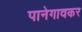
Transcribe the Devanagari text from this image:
पानेगावकर